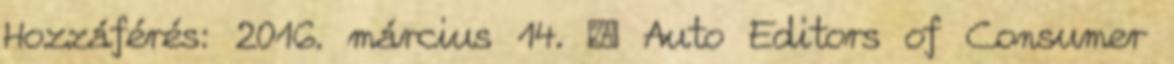
Hozzáférés: 2016. március 14. ↑ Auto Editors of Consumer